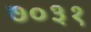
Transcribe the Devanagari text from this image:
७०३१